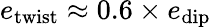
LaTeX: e_{\mathrm{twist}}\approx 0.6\times e_{\mathrm{dip}}